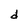
Character: d